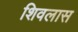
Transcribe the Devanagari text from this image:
शिवलास